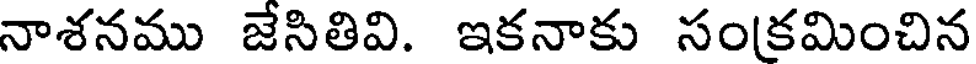
నాశనము జేసితివి. ఇకనాకు సంకమించిన